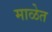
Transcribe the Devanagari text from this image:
माळेत